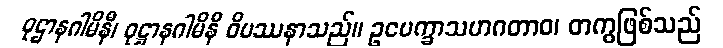
ဝုဌာနဂါမိနီ၊ ဝုဋ္ဌာနဂါမိနီ ဝိပဿနာသည်။ ဥပေက္ခာသဟဂတာဝ၊ တကွဖြစ်သည်